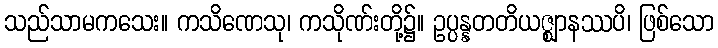
သည်သာမကသေး။ ကသိဏေသု၊ ကသိုဏ်းတို့၌။ ဥပ္ပန္နတတိယဇ္ဈာနဿပိ၊ ဖြစ်သော